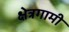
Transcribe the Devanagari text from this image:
क्षेत्रगामी